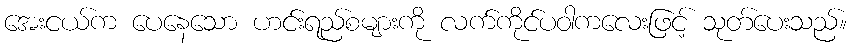
အေးငယ်က ပေနေသော ဟင်းရည်စများကို လက်ကိုင်ပဝါကလေးဖြင့် သုတ်ပေးသည်။